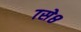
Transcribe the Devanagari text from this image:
७से८